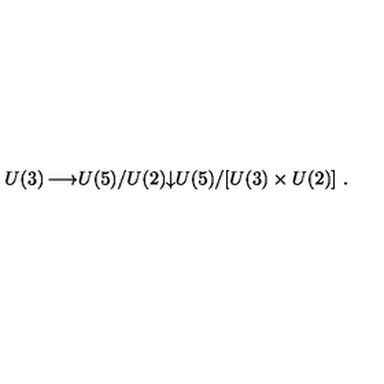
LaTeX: \begin{matrix} { U ( 3 ) } & { \longrightarrow } & { U ( 5 ) / U ( 2 ) } \\ { } & { } & { \downarrow } \\ { } & { } & { U ( 5 ) / [ U ( 3 ) \times U ( 2 ) ] \ . } \\ \end{matrix}